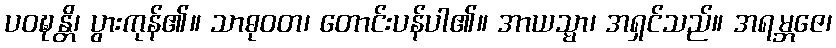
ပဝဍ္ဎန္တိ၊ ပွားကုန်၏။ သာဓုဝတ၊ တောင်းပန်ပါ၏။ အာယသ္မာ၊ အရှင်သည်။ အရမ္ဘဇေ၊